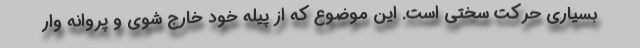
بسیاری حرکت سختی است. این موضوع که از پیله خود خارج شوی و پروانه وار